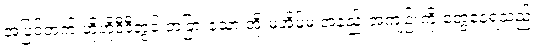
အပြင်ဘက် ဟိုဟိုဒီဒီတွင် တခြားသော အိုးမဲ့အိမ်မဲ့ အနည်းအကျဉ်းကို တွေ့နေရသည်။